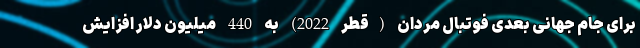
برای جام جهانی بعدی فوتبال مردان (قطر 2022) به 440 میلیون دلار افزایش